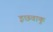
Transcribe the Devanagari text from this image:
इछवाकु